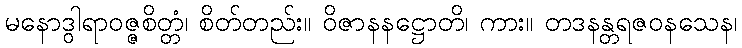
မနောဒွါရာဝဇ္ဇစိတ္တံ၊ စိတ်တည်း။ ဝိဇာနနဋ္ဌောတိ၊ ကား။ တဒနန္တရဇဝနသေန၊